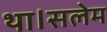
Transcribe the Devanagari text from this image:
था।सलेम